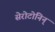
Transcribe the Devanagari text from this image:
सेरोटोनिन्